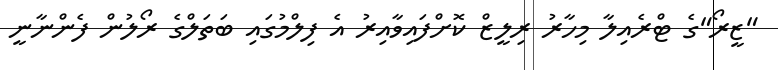
"ޒީރޯ"ގެ ޓްރެއިލާ މިހާރު ރިލީޒް ކޮށްފައިވާއިރު އެ ފިލްމުގައި ބަތަލްގެ ރޯލުން ފެންނާނީ